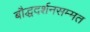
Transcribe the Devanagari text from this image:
बौद्धदर्शनसम्मत